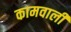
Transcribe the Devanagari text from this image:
कामवाली